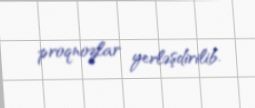
proqnozlar yerləşdirilib.